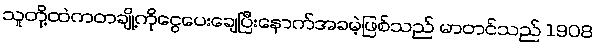
သူတို့ထဲကတချို့ကိုငွေပေးချေပြီးနောက်အခမဲ့ဖြစ်သည် မာတင်သည် 1908